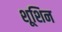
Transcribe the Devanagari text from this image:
शूशिन